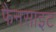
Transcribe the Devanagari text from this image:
फैनसाइट